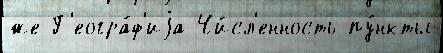
же Г'еогра́ф'иjа Чи́сл'енность пу́нкты